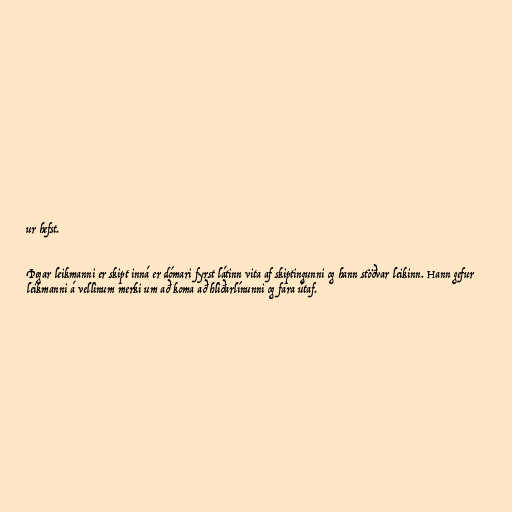
ur hefst.

Þegar leikmanni er skipt inná er dómari fyrst látinn vita af skiptingunni og hann stöðvar leikinn. Hann gefur
leikmanni á vellinum merki um að koma að hliðarlínunni og fara útaf.